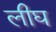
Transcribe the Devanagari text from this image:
लीघ